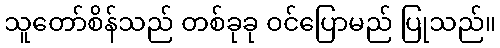
သူတော်စိန်သည် တစ်ခုခု ဝင်ပြောမည် ပြုသည်။